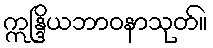
ဣန္ဒြိယဘာဝနာသုတ်။